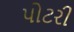
પોટરી